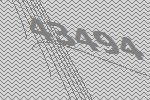
43494